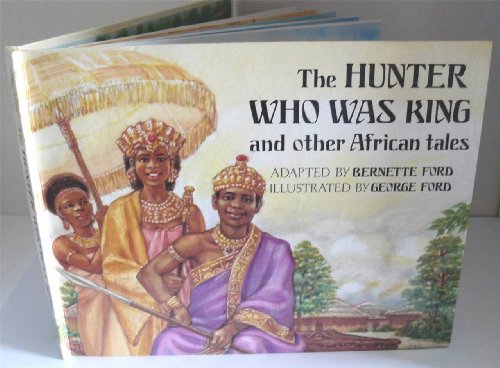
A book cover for The Hunter Who Was King and Other African Tales; Bernette Ford; Children's Books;